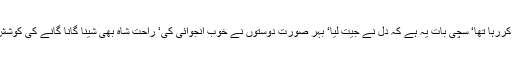
دل محفل کے حق میں دلائل کے انبار لگا رہا تھا اور دماغ یک جنبش قلم سب کو مسترد کررہا تھا‘ سچی بات یہ ہے کہ دل نے جیت لیا‘ بہر صورت دوستوں نے خوب انجوائی کی‘ راحت شاہ بھی شینا گانا گانے کی کوشش کررہا تھا مگرا ن کو یاد ہی نہیں آتے‘ نسیانی کی شکایت کرنے ہوئے کھسیانے ہوتے۔